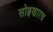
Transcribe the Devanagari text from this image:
सोड्वणारच